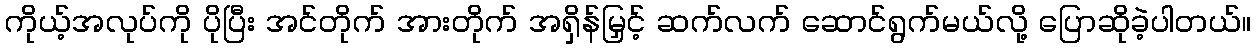
ကိုယ့်အလုပ်ကို ပိုပြီး အင်တိုက် အားတိုက် အရှိန်မြှင့် ဆက်လက် ဆောင်ရွက်မယ်လို့ ပြောဆိုခဲ့ပါတယ်။